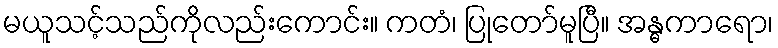
မယူသင့်သည်ကိုလည်းကောင်း။ ကတံ၊ ပြုတော်မူပြီ။ အန္ဓကာရော၊